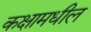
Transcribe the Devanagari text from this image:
कक्षामधील